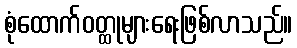
စုံထောက်ဝတ္ထုများရေးဖြစ်လာသည်။